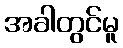
အခါတွင်မူ